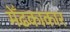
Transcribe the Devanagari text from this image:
मेँढकाकार